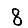
Digit: 8